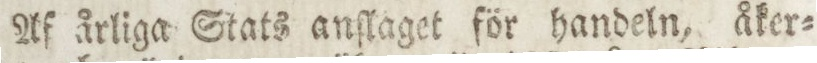
Af årliga Stats anſlaget för handeln, åker=